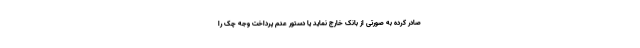
صادر کرده به صورتی از بانک خارج نماید یا دستور عدم پرداخت وجه چک را